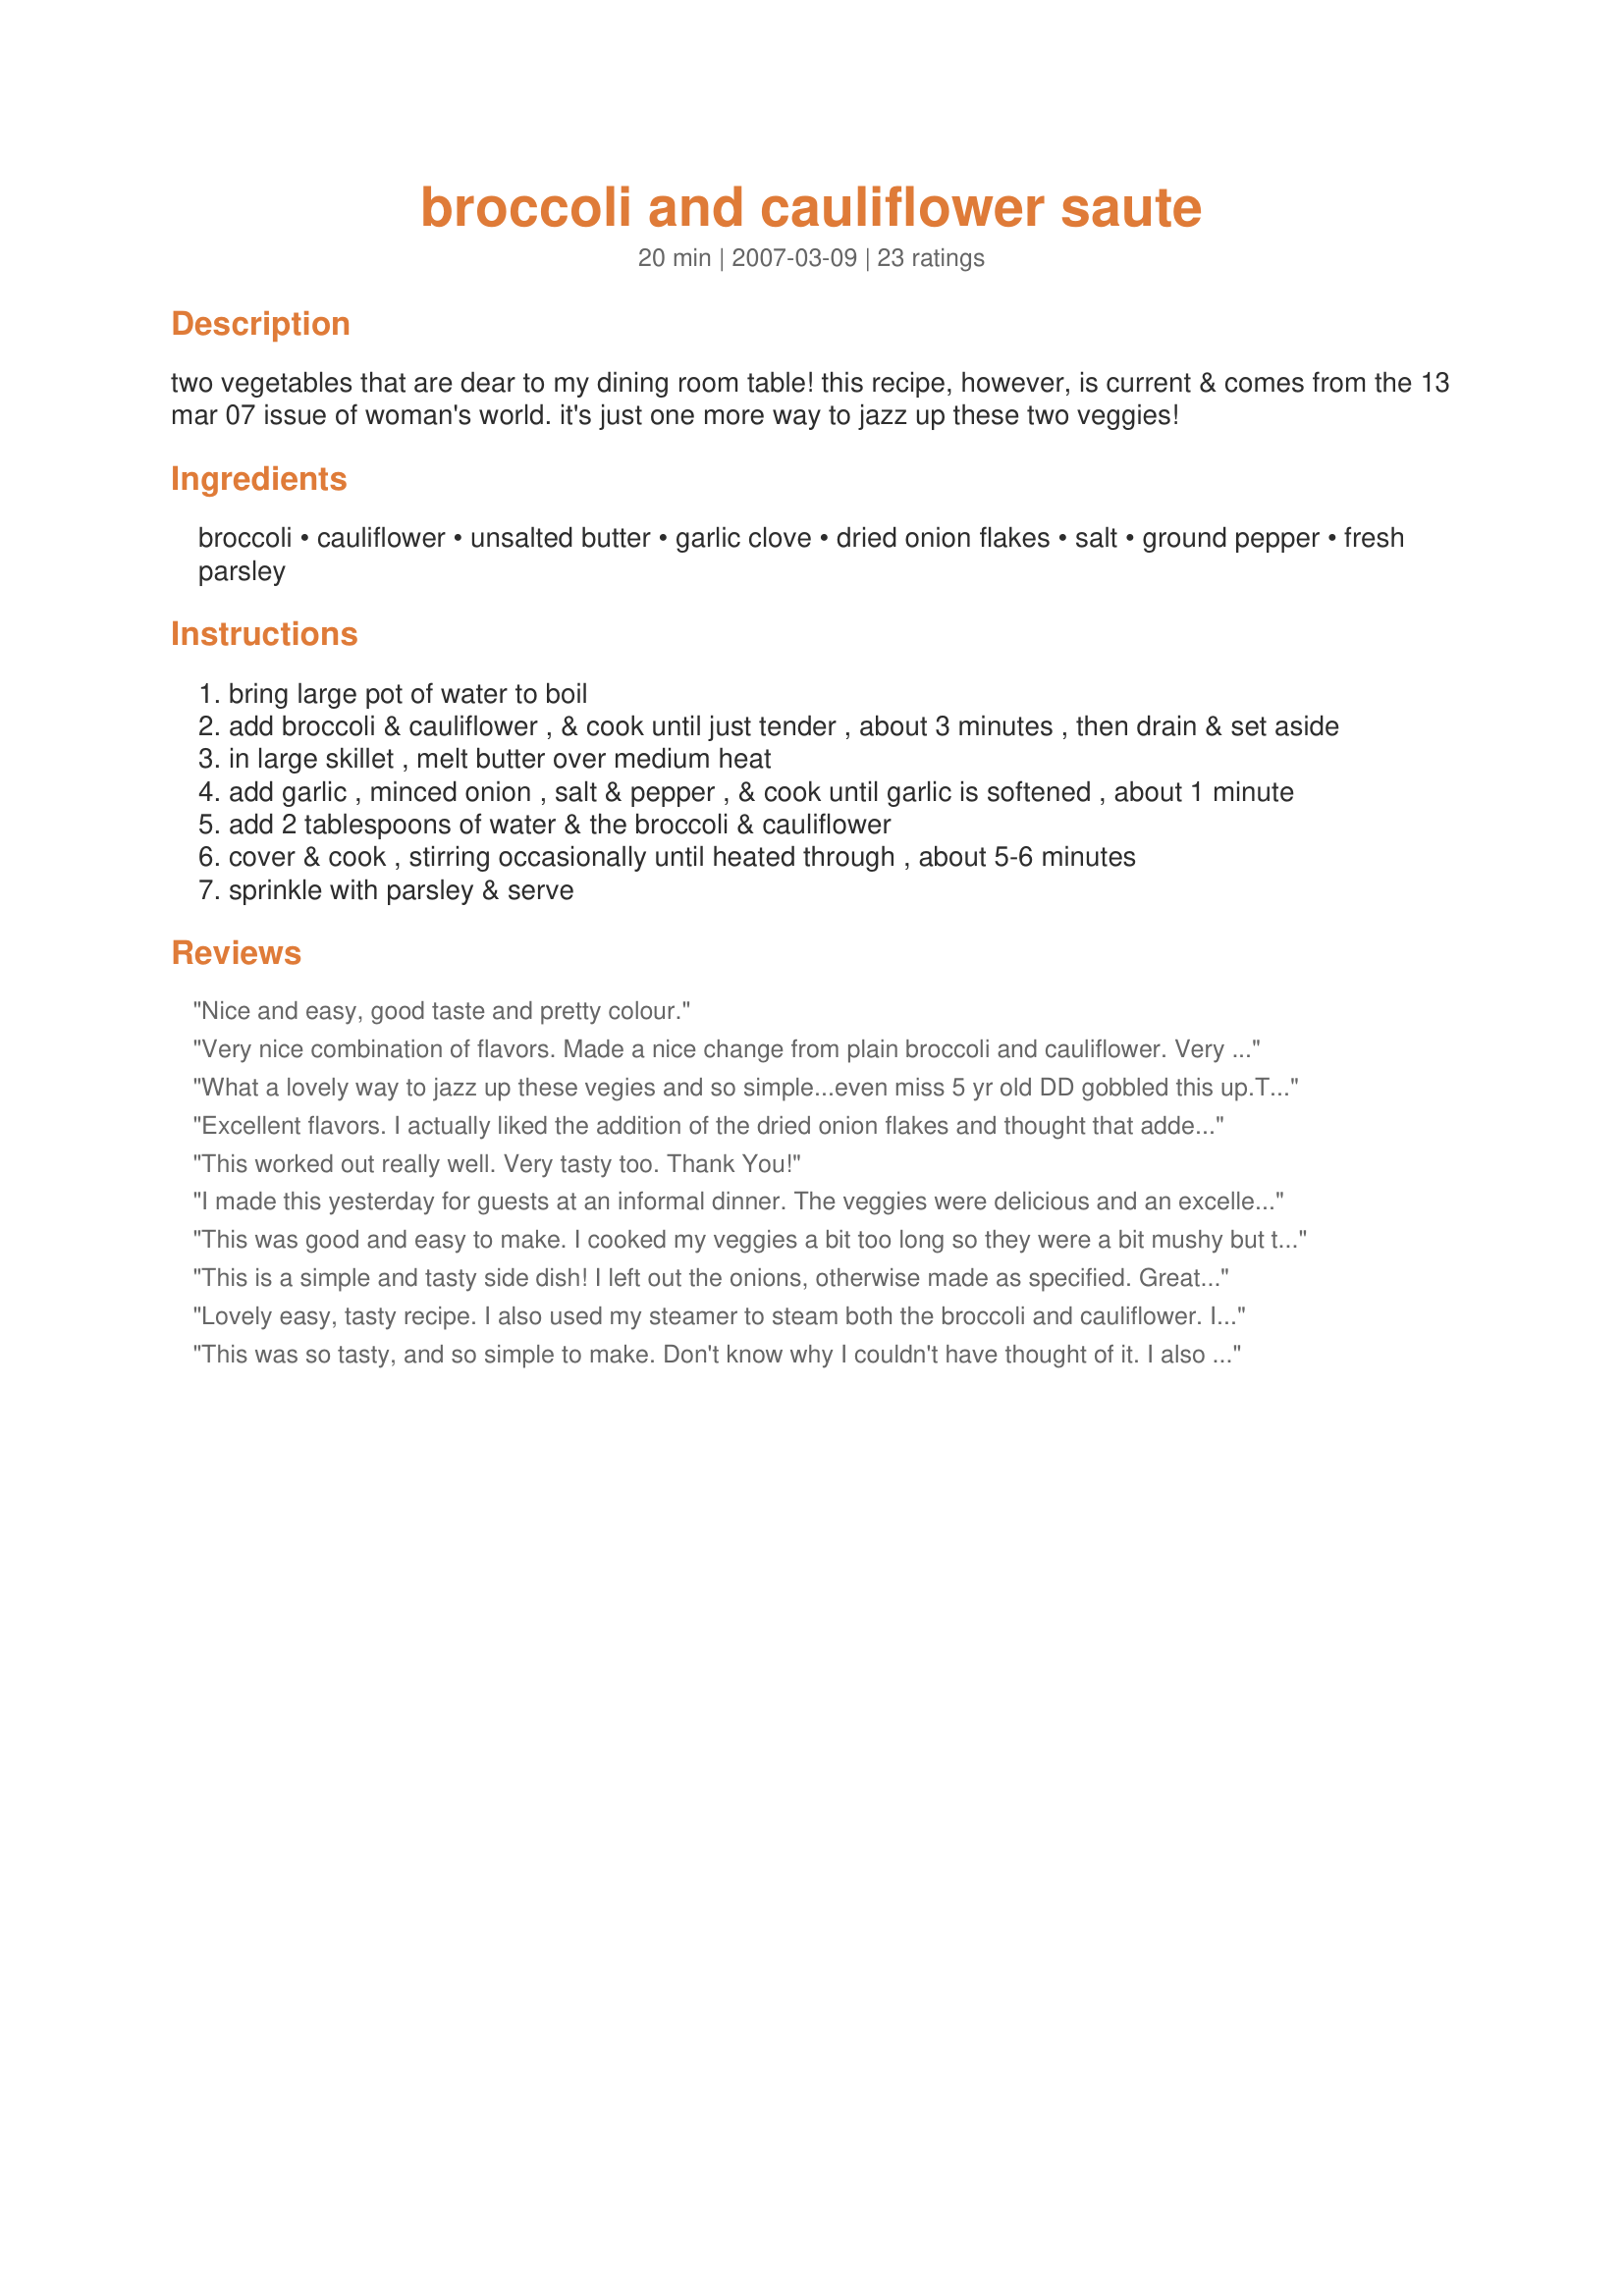
broccoli and cauliflower saute
Preparation time: 20 minutes

two vegetables that are dear to my dining room table! this recipe, however, is current & comes from the 13 mar 07 issue of woman's world. it's just one more way to jazz up these two veggies!

Ingredients:
broccoli, cauliflower, unsalted butter, garlic clove, dried onion flakes, salt, ground pepper, fresh parsley

Steps:
bring large pot of water to boil
add broccoli & cauliflower , & cook until just tender , about 3 minutes , then drain & set aside
in large skillet , melt butter over medium heat
add garlic , minced onion , salt & pepper , & cook until garlic is softened , about 1 minute
add 2 tablespoons of water & the broccoli & cauliflower
cover & cook , stirring occasionally until heated through , about 5-6 minutes
sprinkle with parsley & serve

Reviews:
Nice and easy, good taste and pretty colour.
Very nice combination of flavors. Made a nice change from plain broccoli and cauliflower. Very easy to make also! Thanks for posting this!
What a lovely way to jazz up these vegies and so simple...even miss 5 yr old DD gobbled this up.<br/>Thanks for posting!
Excellent flavors. I actually liked the addition of the dried onion flakes and thought that added a nice flavor. I only used broccoli because that is what I had. Will make this again. Made for Zaar Stars :)
This worked out really well. Very tasty too. Thank You!
I made this yesterday for guests at an informal dinner. The veggies were delicious and an excellent side dish for the baked pork chops and potatoes. It was also very easy to make. My husband had put the broccoli &amp; cauliflower to boil before giving me the chance to cut them up. After they were just tender, I drained them well and chopped them coarsely. I then sauteed 3 minced garlic cloves and one chopped onion, as I used one large cauliflower and 2 smallish broccoli. I used lemon pepper instead of plain pepper, and good quality olive oil instead of butter. The verdict was thumbs up all around the table. Looking forward to the leftovers for lunch.
This was good and easy to make. I cooked my veggies a bit too long so they were a bit mushy but that was my fault. I followed the recipe as written other then I didn't add the parsley. This was a nice, easy, tasty side dish.
This is a simple and tasty side dish! I left out the onions, otherwise made as specified. Great garlic flavor and of course I always love fresh parsley. This is a great side that would go with any meal - thanks for sharing the recipe!
Lovely easy, tasty recipe. I also used my steamer to steam both the broccoli and cauliflower. I also used some zucchini.
This was so tasty, and so simple to make. Don't know why I couldn't have thought of it. I also sprinkled with parmesan cheese to. Being a B&C Lover, I'll be making this one often. Thanks Syd.
I discovered to my horror that I was out of dried onion, so I had to bite the bullet and use fresh. These are my son's two favorite veggies, and this is a wonderful way to cook them--easy, fast, and very tasty. Thanks for posting!
This was easy and fast to make. I made a enough for 6 servings. Good thing I did as there was nothing left in the bowl! I steamed the cauliflower on the bottom tray of my Cuisinart Turbo Convection Steamer and the broccoli on the top tray for 4 minutes. I did not add the 2 tablespoons of water and this came out great without it. Thanks for posting Made for 1-2-3 Hit Wonders game 2007
Love the seasoning-perfect! We eat a lot of broccoli-usually steamed and seasoned with pepper so for us this was a treat. Easy, attractive, and appreciate that I always have these ingredients on hand. I would definitely serve this to guests. Thanks Sydney Mike for posting another keeper. Made for Everyday is a Holiday!
This is very good. I had a 1/4 head of broccoli and another 1/4 head cauliflower and was looking for something to use it up in. Since it was just 3 of us tonight I thought this recipe would be perfect to use them up. I was right. Flavorful and easy to prepare. I'm not a fan of frozen broccoli or cauliflower so this was perfect. THank you so much for sharing this with us, I will make a full batch next time cuz I know my whole family will love it.
This was good. I used just cauliflower because that is what I had. I used the same skillet to cook the cauliflower first by adding a cup or so of water and then covering it until it was nearly cooked. I took the veggies out and then proceeded as directed. I just realized that I forgot the parsley though, I will include it next time as I am sure I will make this again and again.
My family thought this was okay. But they felt it would have been better roasted in the oven with additional garlic
This was quite good. It made a nice side to pork chops and mashed potatoes tonight. The garlic was a nice addition. Thanks for sharing. Nick's Mom
This was easy to prepare (steamed my veggies in the microwavwe) and very tasty!! Thanks Sydney! :)
Very nice side dish, served with meatloaf and baked potato. I'll be making this one again thanks, nice flavour combination. thanks for posting.
Only made for two, & was a very good side dish. Sauted chopped onion & red pepper in butter after micro'ing the veggies. Oops, forgot the parsley. Used our CSA broc & cauli.
Unusual but so tasty! I used dried garlic instead of fresh and olive oil instead of butter. The result was a tasty, healthy salad. That for sharing! Made it for the 12 days of Christmas Swap.
I steamed my veggies, but am just getting used to my bamboo steamer, so they got a little mushy, but the kids ate the whole thing (stalks and all!) Nice change to plain broccoli and easy to make.
This was a nice change for our normal roasted broccoli. (I only used the broccoli) I used fresh onions and 3 cloves of garlic. Delicious! Made for Zaar Hits 1-2-3 Tag Game 2011.
